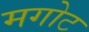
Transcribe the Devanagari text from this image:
मगोट